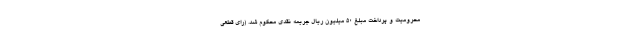
محرومیت و پرداخت مبلغ ۵۰ میلیون ریال جریمه نقدی محکوم شد. (رای قطعی